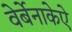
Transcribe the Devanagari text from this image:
वेर्बेनाकेऐ